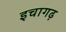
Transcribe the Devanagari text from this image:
इचागढ़